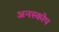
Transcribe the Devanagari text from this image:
अनस्कोप